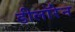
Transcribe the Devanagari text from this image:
डीलॉरेन